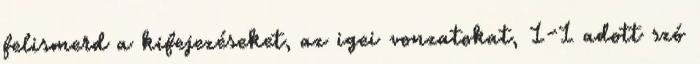
felismerd a kifejezéseket, az igei vonzatokat, 1-1 adott szó